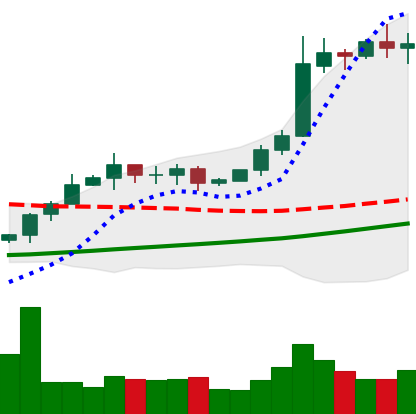
Ticker: BTC-USD
Chart end date: 2020-10-26
Forward return: 5.398%
Label: up_5_7